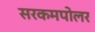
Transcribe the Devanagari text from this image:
सरकमपोलर